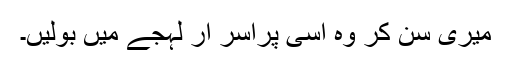
میری سن کر وہ اسی پراسر ار لہجے میں بولیں۔